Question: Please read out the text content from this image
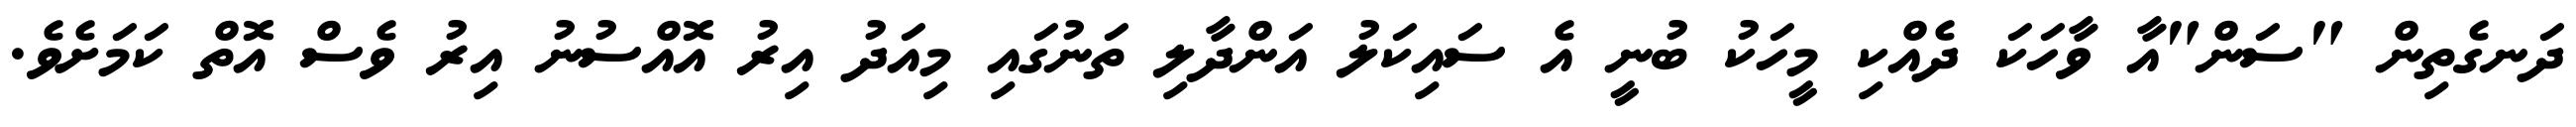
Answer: ދަނގެތިން "ސަން"އާ ވާހަކަ ދެއްކި މީހަކު ބުނީ އެ ސައިކަލު އަންދާލި ތަނުގައި މިއަދު އިރު އޮއްސުނު އިރު ވެސް އޮތް ކަމަށެވެ.